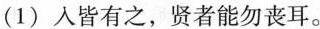
(1)人皆有之，贤者能勿丧耳。